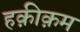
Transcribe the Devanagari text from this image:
हक़ीक़म